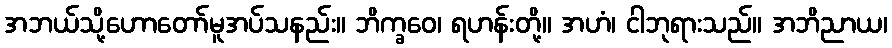
အဘယ်သို့ဟောတော်မူအပ်သနည်း။ ဘိက္ခဝေ၊ ရဟန်းတို့။ အဟံ၊ ငါဘုရားသည်။ အဘိညာယ၊